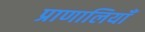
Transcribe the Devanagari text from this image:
प्राणालियाँ